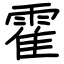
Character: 霍